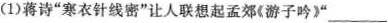
(1)蒋诗”寒衣针线密”让人联想起孟郊《游子吟)”___